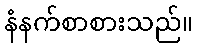
နံနက်စာစားသည်။